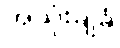
အသုံးချခံ